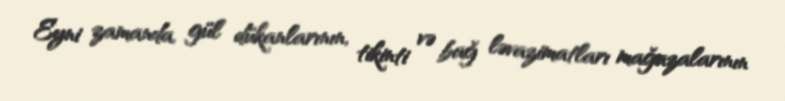
Eyni zamanda, gül dükanlarının, tikinti və bağ ləvazimatları mağazalarının